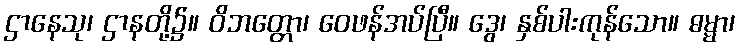
ဌာနေသု၊ ဌာနတို့၌။ ဝိဘတ္တော၊ ဝေဖန်အပ်ပြီ။ ဒွေ၊ နှစ်ပါးကုန်သော။ ဓမ္မာ၊